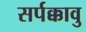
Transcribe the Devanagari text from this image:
सर्पक्कावु